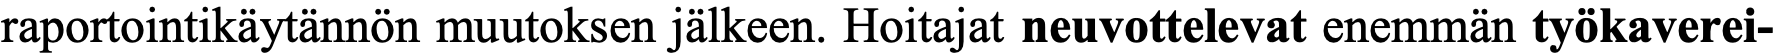
raportointikäytännön muutoksen jälkeen. Hoitajat neuvottelevat enemmän työkaverei-